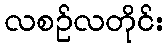
လစဉ်လတိုင်း